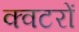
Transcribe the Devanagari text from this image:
क्वटरों